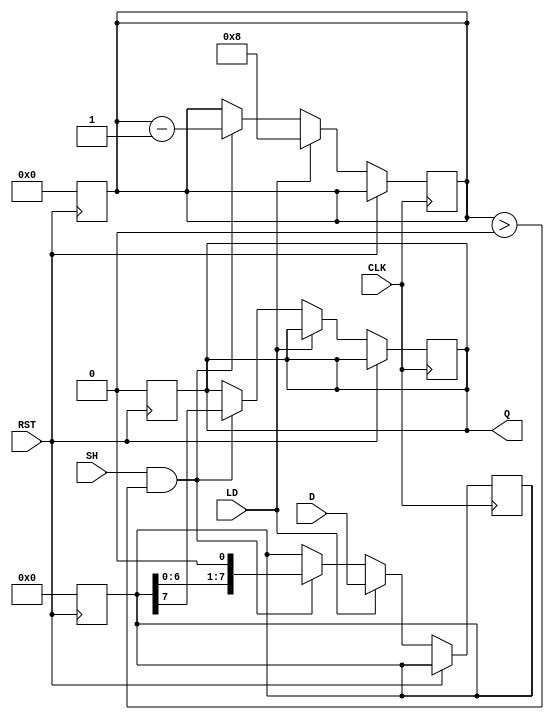
module PISO_Register #(
    parameter WIDTH = 8  // Configurable width of the input data
)(
    input wire [WIDTH-1:0] D,     // Parallel input data
    input wire LD,                 // Load signal
    input wire SH,                 // Shift signal
    input wire CLK,                // Clock signal
    input wire RST,                // Reset signal
    output reg Q                   // Serial output
);

    reg [WIDTH-1:0] shift_reg;     // Shift register to hold data
    reg [3:0] bit_counter;          // Counter to track the number of bits shifted out
    reg shifting;                   // State to indicate if shifting is in progress

    // Asynchronous reset
    always @(posedge RST) begin
        shift_reg <= {WIDTH{1'b0}}; // Clear the shift register
        Q <= 1'b0;                  // Clear the output
        bit_counter <= 4'b0;        // Reset bit counter
        shifting <= 1'b0;           // Reset shifting state
    end

    // Main operation block
    always @(posedge CLK) begin
        if (RST) begin
            // Do nothing, handled by async reset
        end else begin
            // Load data into the shift register
            if (LD) begin
                shift_reg <= D;       // Load data from input
                bit_counter <= WIDTH; // Set counter to the width
                shifting <= 1'b0;      // Reset shifting state
            end else if (SH && bit_counter > 0) begin
                Q <= shift_reg[WIDTH-1]; // Output the MSB
                shift_reg <= {shift_reg[WIDTH-2:0], 1'b0}; // Shift left
                bit_counter <= bit_counter - 1; // Decrement counter
                shifting <= 1'b1;      // Indicate shifting is in progress
            end
        end
    end

endmodule